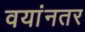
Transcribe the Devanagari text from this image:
वयांनतर